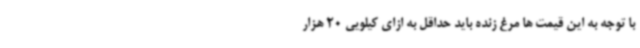
با توجه به این قیمت ها مرغ زنده باید حداقل به ازای کیلویی 20 هزار